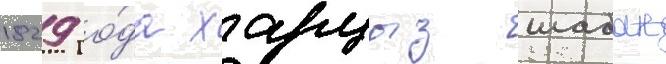
1829 го́да харцыз шабан